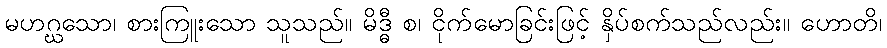
မဟဂ္ဃသော၊ စားကြူးသော သူသည်။ မိဒ္ဓီ စ၊ ငိုက်မောခြင်းဖြင့် နှိပ်စက်သည်လည်း။ ဟောတိ၊